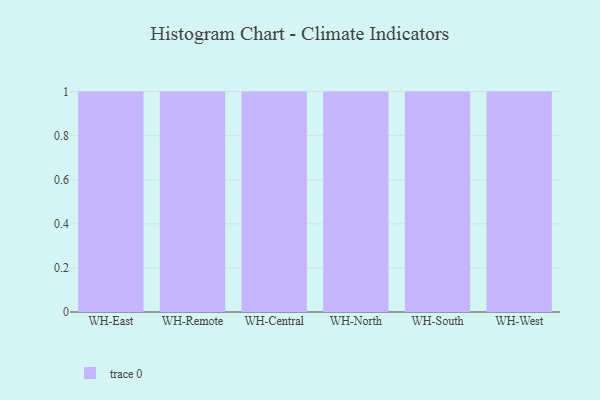
{"axis": {"x": "Warehouse", "y": "Tickets Resolved"}, "legend": [""], "data": [{"x": "WH-East", "y": 96, "type": ""}, {"x": "WH-Remote", "y": 31, "type": ""}, {"x": "WH-Central", "y": 1, "type": ""}, {"x": "WH-North", "y": 19, "type": ""}, {"x": "WH-South", "y": 47, "type": ""}, {"x": "WH-West", "y": 47, "type": ""}]}